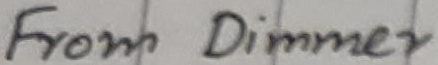
Text: AC Input